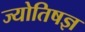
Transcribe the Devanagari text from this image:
ज्योतिषज्ञ